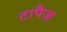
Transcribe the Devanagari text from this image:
टापैज़